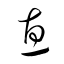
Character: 恵